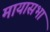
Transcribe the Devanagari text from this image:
मायासभा